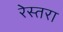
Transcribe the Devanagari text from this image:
रेस्तरा